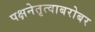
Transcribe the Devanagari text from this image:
पक्षनेतृत्वाबरोबर